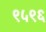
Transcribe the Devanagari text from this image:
९५९६